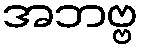
အဘဗ္ဗ